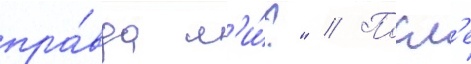
пра́вда л'и́?" // Посл'е